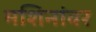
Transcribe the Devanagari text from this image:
मशिनांवर